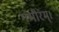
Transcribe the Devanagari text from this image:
गभीरम्।